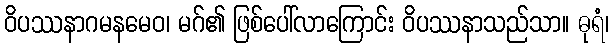
ဝိပဿနာဂမနမေဝ၊ မဂ်၏ ဖြစ်ပေါ်လာကြောင်း ဝိပဿနာသည်သာ။ ဓုရံ၊